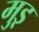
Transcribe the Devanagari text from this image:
मुड़़